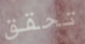
تحقق